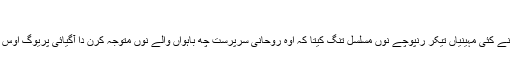
"
اک وار ٹرنر نے کئی مہینیاں تیکر رنپوچے نوں مسلسل تنگ کیتا کہ اوہ روحانی سرپرست چھ باہواں والے نوں متوجہ کرن دا آگیائی پریوگ اوس نوں دے دین۔